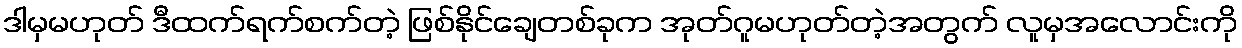
ဒါမှမဟုတ် ဒီထက်ရက်စက်တဲ့ ဖြစ်နိုင်ချေတစ်ခုက အုတ်ဂူမဟုတ်တဲ့အတွက် လူမှအလောင်းကို